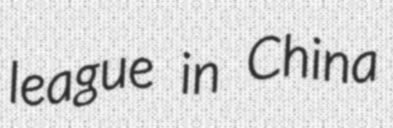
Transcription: league in China